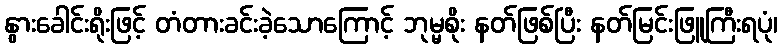
နွားခေါင်းရိုးဖြင့် တံတားခင်းခဲ့သောကြောင့် ဘုမ္မစိုး နတ်ဖြစ်ပြီး နတ်မြင်းဖြူကြီးရပုံ၊